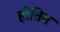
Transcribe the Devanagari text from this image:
होतिस